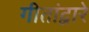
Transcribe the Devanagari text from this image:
गीतांद्वारे